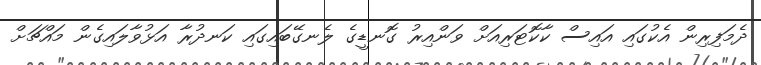
ދެމަފިރިން އެކުގައި އައިސް ކާކޮޓަރިއަށް ވަންއިރު ގޮނޑީގެ ލެނގޭބައިގައި ކަނދުރާ އަޅުވާލައިގެން މައްޗަށް